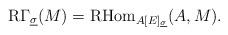
LaTeX: \begin{align*}\mathrm R\Gamma_{\underline \sigma}(M) = \mathrm{RHom}_{A[E]_{\underline \sigma}}(A, M). \end{align*}